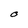
Character: O